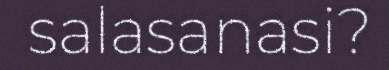
salasanasi?